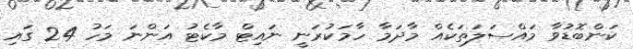
ކަންބޮޑުވާ މައްސަލަތަކެއް މާދަމާ ހާމަކުރަނީ ނައިޓް މާކެޓު އަންނަ މަހު 24 ގައި